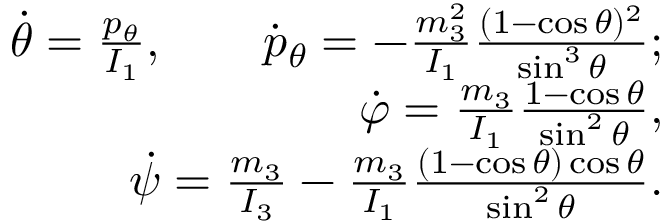
\begin{array} { r } { \dot { \theta } = \frac { p _ { \theta } } { I _ { 1 } } , \qquad \dot { p } _ { \theta } = - \frac { m _ { 3 } ^ { 2 } } { I _ { 1 } } \frac { ( 1 - \cos \theta ) ^ { 2 } } { \sin ^ { 3 } \theta } ; } \\ { \dot { \varphi } = \frac { m _ { 3 } } { I _ { 1 } } \frac { 1 - \cos \theta } { \sin ^ { 2 } \theta } , } \\ { \dot { \psi } = \frac { m _ { 3 } } { I _ { 3 } } - \frac { m _ { 3 } } { I _ { 1 } } \frac { ( 1 - \cos \theta ) \cos \theta } { \sin ^ { 2 } \theta } . } \end{array}